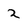
Character: 2